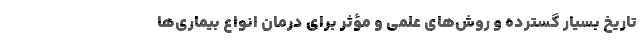
تاریخ بسیار گسترده‌ و روش‌های علمی و مؤثر برای درمان انواع بیماری‌ها